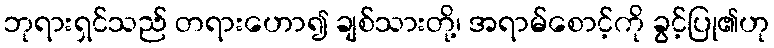
ဘုရားရှင်သည် တရားဟော၍ ချစ်သားတို့၊ အရာမ်စောင့်ကို ခွင့်ပြု၏ဟု